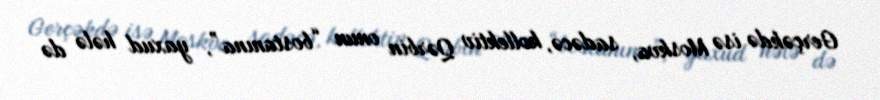
Gerçəkdə isə Moskva, sadəcə, kollektiv Qərbin onun “bostanına”, yaxud hələ də